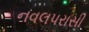
નવલપરાસી